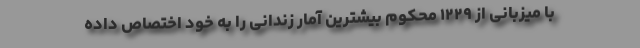
با میزبانی از ۱۲۲۹ محکوم بیشترین آمار زندانی را به خود اختصاص داده